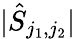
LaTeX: |\hat{S}_{j_{1},j_{2}}|